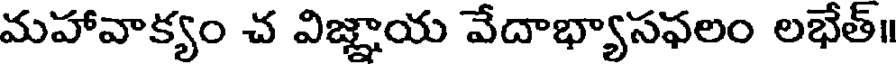
మహావాక్యం చ విజ్ఞాయ వేదాభ్యాసఫలం లభేత్